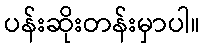
ပန်းဆိုးတန်းမှာပါ။